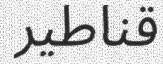
قناطير